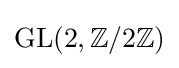
\operatorname {GL} (2,\mathbb {Z} /2\mathbb {Z} )